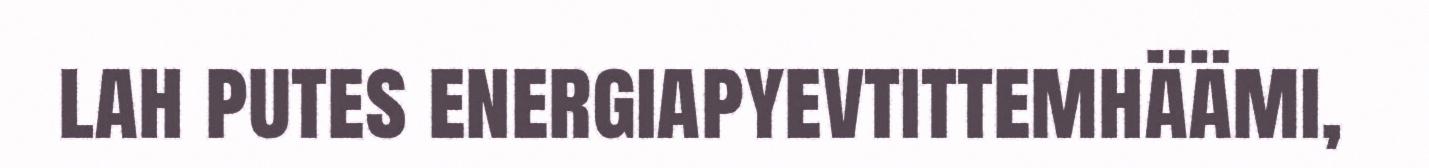
lah putes energiapyevtittemhäämi,